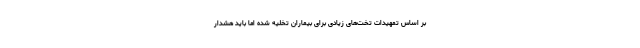
بر اساس تمهیدات تخت‌های زیادی برای بیماران تخلیه شده اما باید هشدار